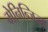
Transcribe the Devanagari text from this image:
मेनिन्जिज्म